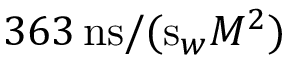
3 6 3 \, \mathrm { n s } / ( \mathrm { s } _ { w } M ^ { 2 } )